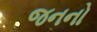
જનનો